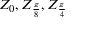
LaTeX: Z _ { 0 } , Z _ { \frac { \pi } { 8 } } , Z _ { \frac { \pi } { 4 } }